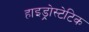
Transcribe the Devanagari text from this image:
हाइड्रोस्टेटिक